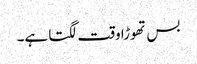
بس تھوڑا وقت لگتا ہے۔